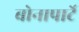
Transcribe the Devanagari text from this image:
बोनापार्टे